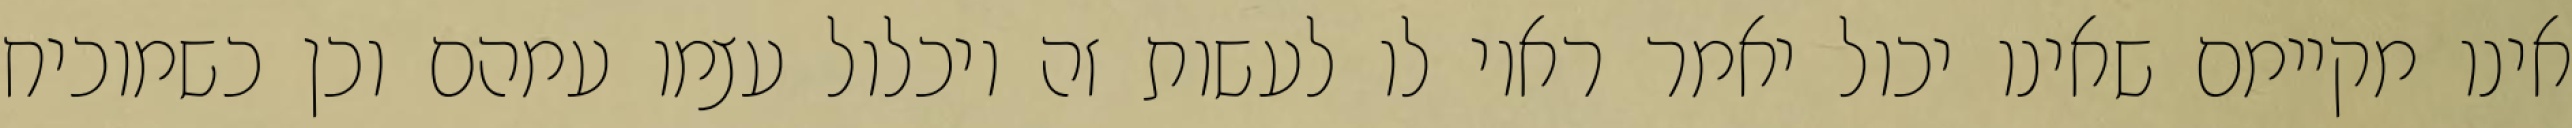
אינו מקיימם שאינו יכול יאמר ראוי לו לעשות זה ויכלול עצמו עמהם וכן כשמוכיח